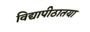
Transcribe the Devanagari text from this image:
विद्यापीठातया